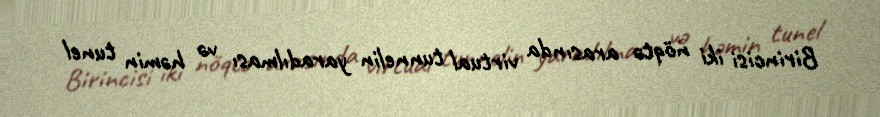
Birincisi iki nöqtə arasında virtual tunnelin yaradılması və həmin tunel